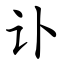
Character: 讣